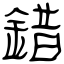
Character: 錯